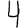
Digit: 4